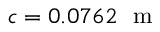
c = 0 . 0 7 6 2 \ \mathrm { ~ m ~ }